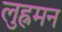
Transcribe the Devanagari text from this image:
लुह्रमन